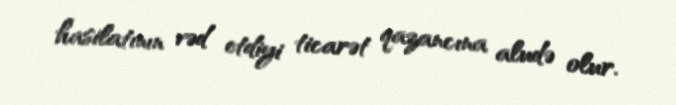
hasilatının vəd etdiyi ticarət qazancına aludə olur.